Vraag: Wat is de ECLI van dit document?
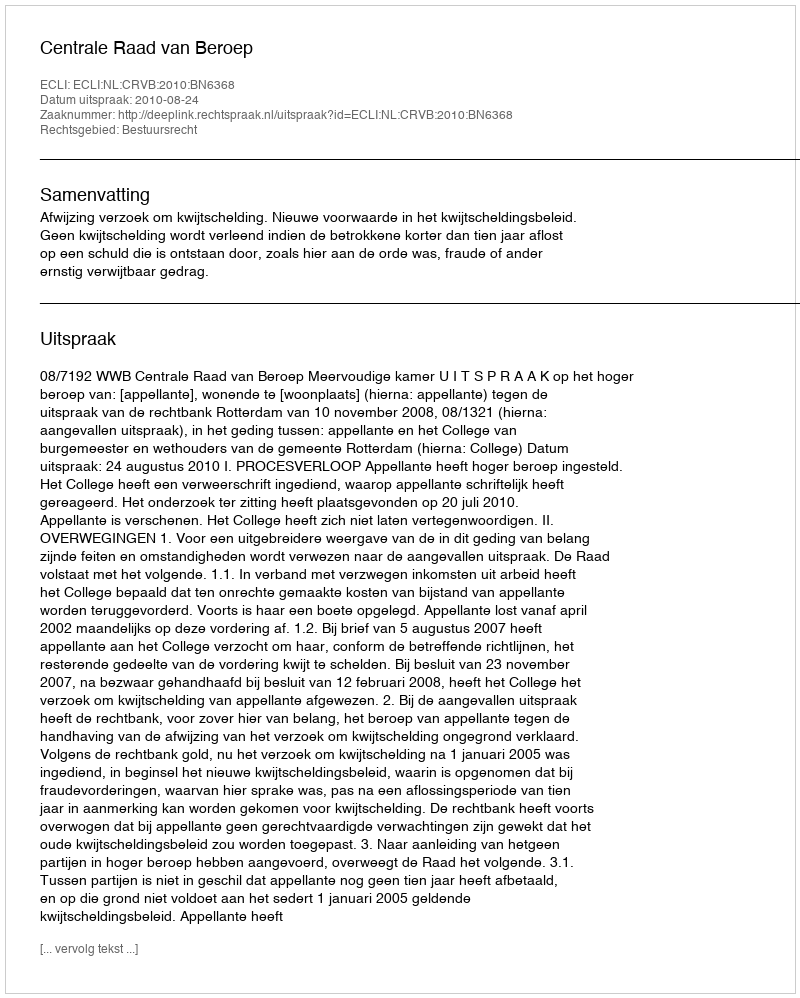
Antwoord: ECLI:NL:CRVB:2010:BN6368